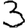
Digit: 3